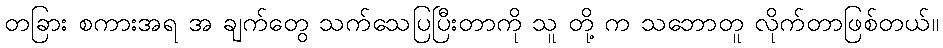
တခြား စကားအရ အ ချက်တွေ သက်သေပြပြီးတာကို သူ တို့ က သဘောတူ လိုက်တာဖြစ်တယ်။